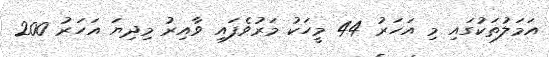
އަމަލުތަކުގައި މި އަހަރު 44 މީހަކު މަރުވެފައި ވާއިރު މިދިޔަ އަހަރު 200